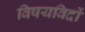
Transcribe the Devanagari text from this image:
विषयविदों